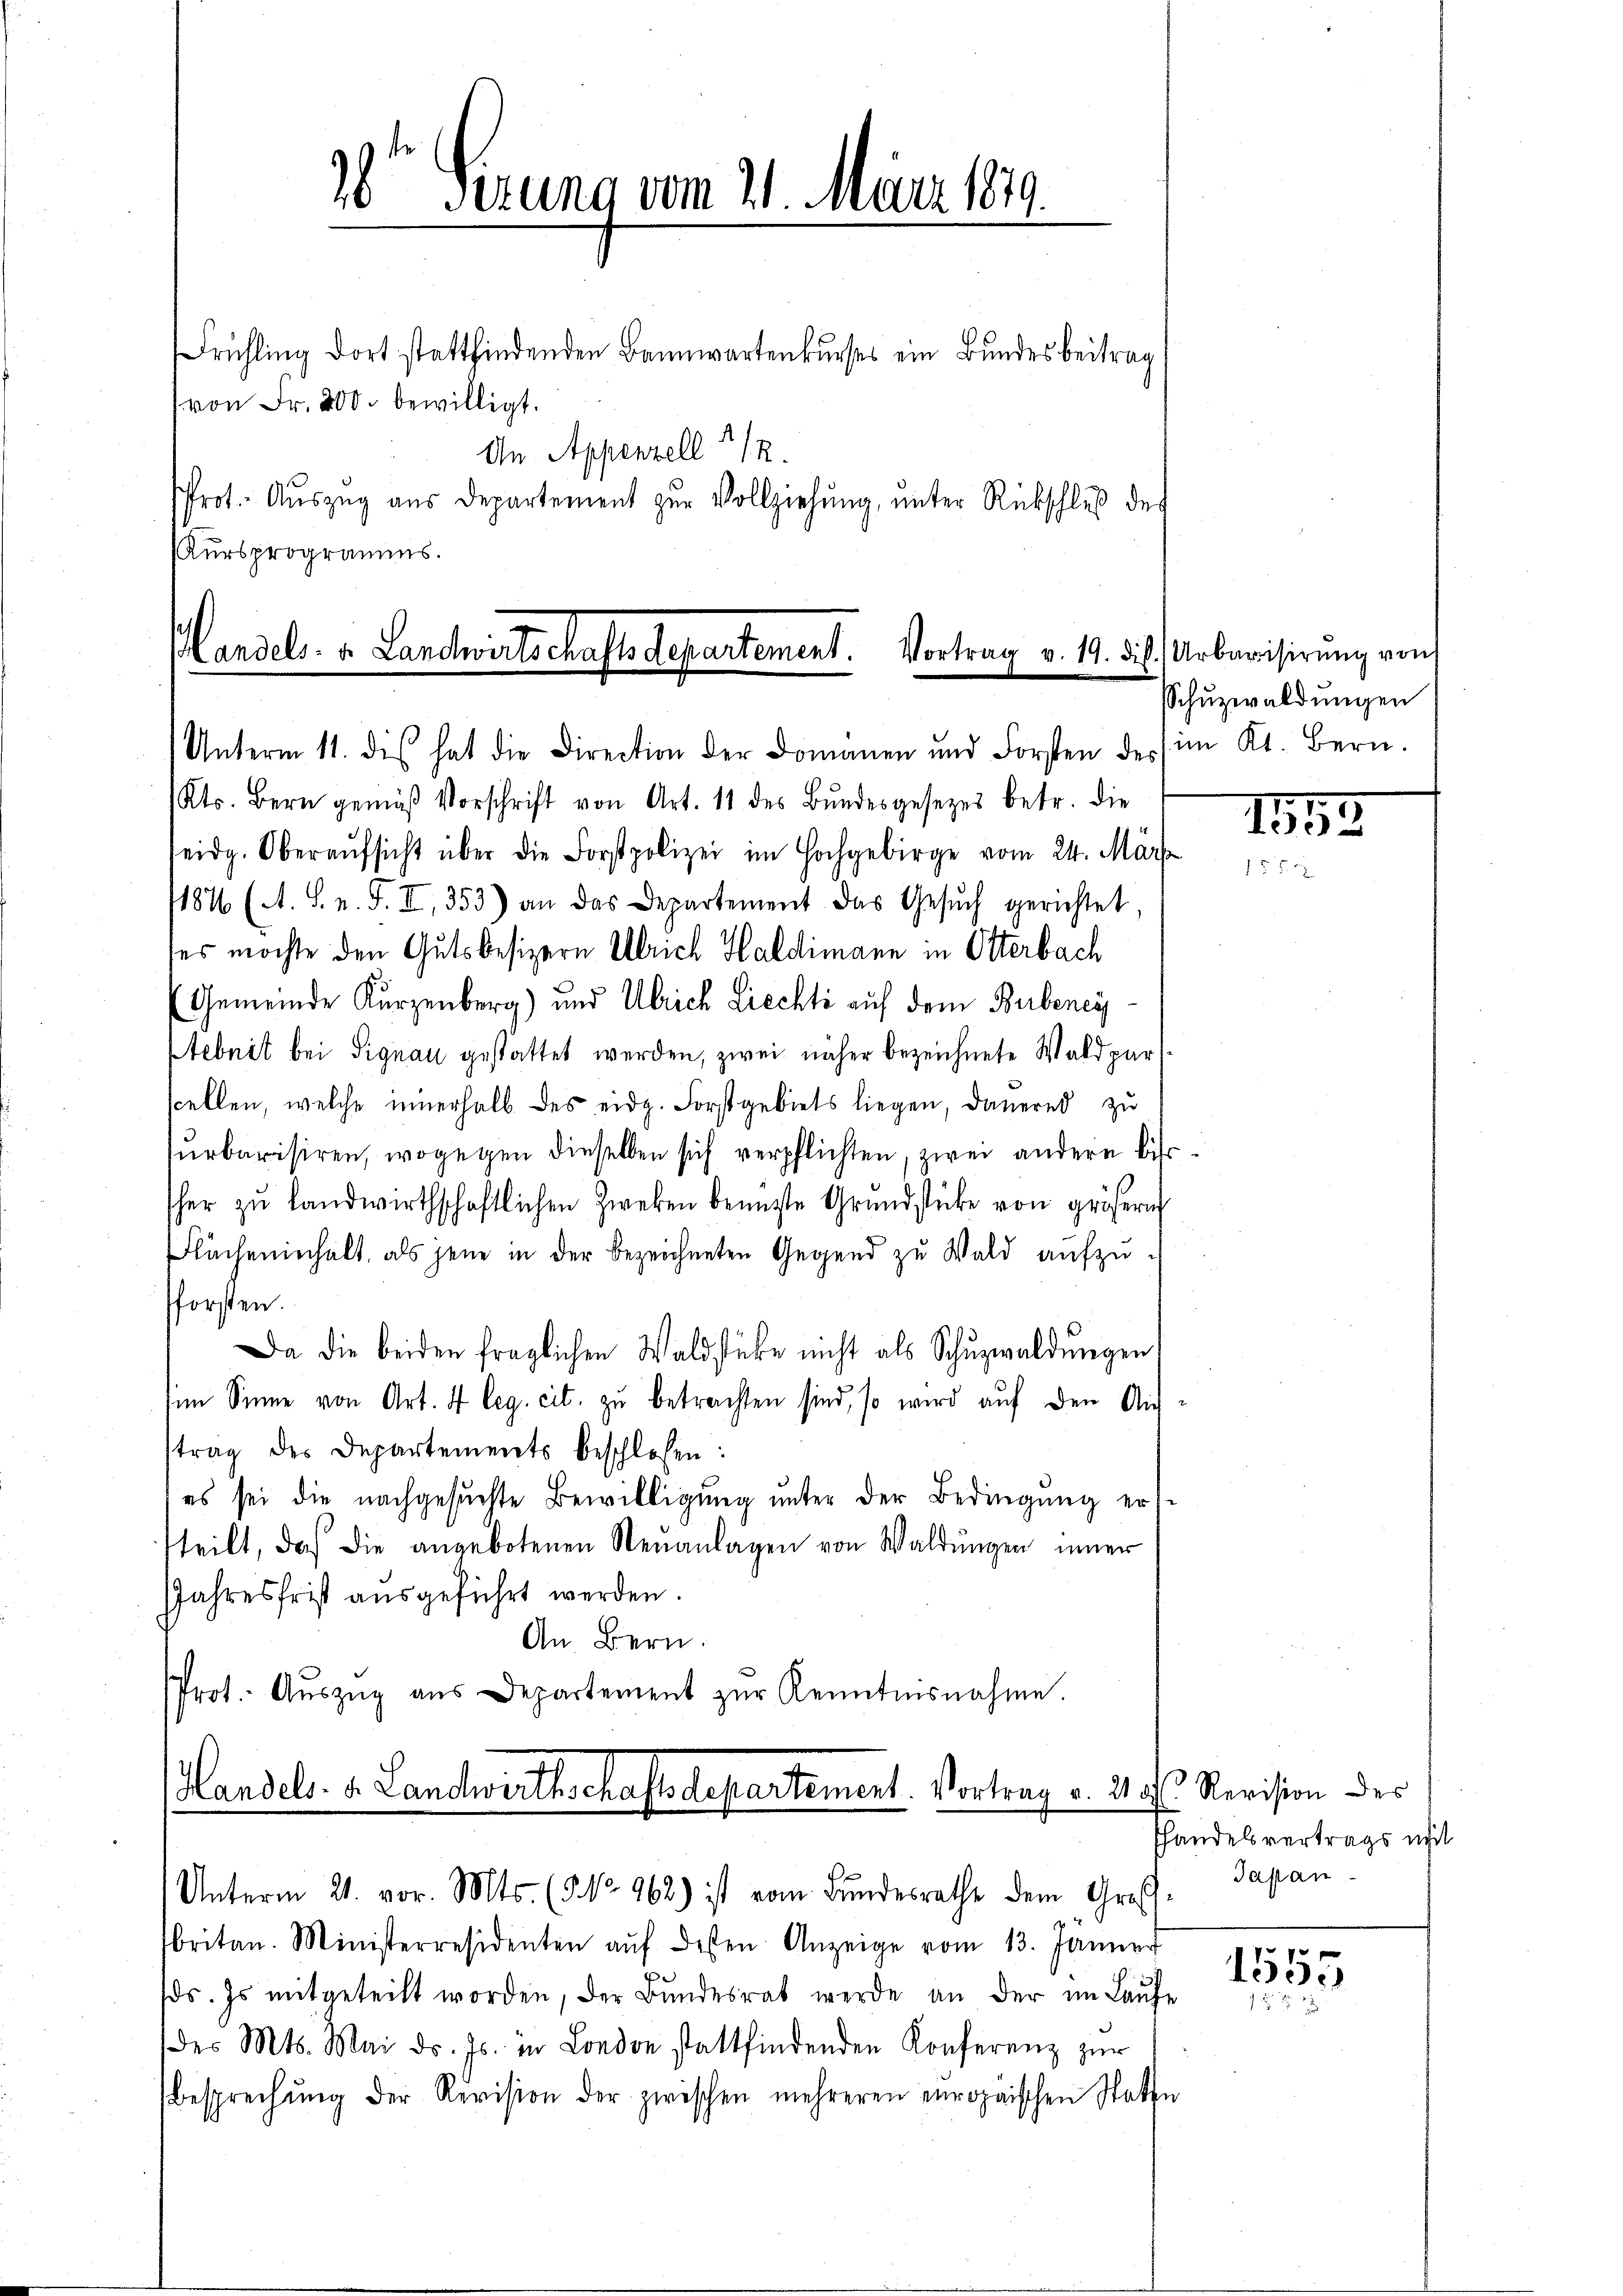
Frühling dort stattfindenden Bannwartenkurses ein Bundesbeitrag
(von Fr. 200. bewilligt.
An Appenzell 112.
Prot. Auszug aus Departement zur Vollziehung, unter Rückschluß des
Kursprogramms.

Handels- u. Landwirtschaftsdepartement. Vortrag v. 19. ds. Urbarisirung von

6 Perung vom 21. März 1879.

Unterm 11. dis hat die Direction der Domanen und Forsten des im Kt. Bern,
Kts. Bern gemäß Vorschrift von Art. 11 des Bŭndesgesezes betr. die
seidg. Oberaŭfsicht über die Forstpolizei im Hochgebirge vom 24. März
184 (A. S. n. F. II, 353) an das Departement das Gesŭch gerichtet,
ses möchte den Gutsbesizern Ulrich Haldimann in Otterbach
(Gemeinde Kurzenberg) und Ulrich Liechti auf dem Bubeneÿ
Stebnit bei Signau gestattet werden, zwei näher bezeichnete Waldparscellen, welche innerhalb des eidg. Forstgebiets liegen, dauernd zu
surbarisiren, wogegen dieselben sich verpflichten, zwei andern bisher zŭ landwirthschaftlichen Zweken benuzte Grŭndstücke von größern
Flücheninhalt, als jene in der bezeichneten Gegend zu Wald aufzufforsten.
Da die beiden fraglichen Waldstüke nicht als Schŭzwaldungen
im Sinne von Art. 4 leg. cit. zŭ betrachten sind, so wird auf den Auftrag des Departements beschlossen:
es sei die nachgesuchte Bewilligung unter der Bedingung erteilt, daß die angebotenen Neuanlagen von Waldŭngen inner
Jahresfrist ausgeführt werden.
An Bern.
Prot. Aŭszŭg aŭs Departement zŭr Kenntnisnahme.
Handels. v. Landwirthschafts departement. Vortrag v. 2. d. Revision des
Unterm 21. vor. Mts. (5 No 962) ist vom Bŭndesrathe dem Großh.
britan. Ministerresidenten aŭf dessen Anzeige vom 13. Jänner
ds. Es mitgeteilt worden, der Bŭndesrat werde an der im Laŭfe
des Mts. Mai d. Js. in London stattfindenden Konferenz zur
besprechŭng der Revision der zwischen mehreren europaischen Statte

Schuzwaldungen

1153

Hhandelsvertrags mit
Japan

1555